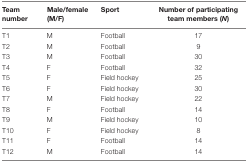
<table><thead><tr><td><b>Team number</b></td><td><b>Male/female (M/F)</b></td><td><b>Sport</b></td><td><b>Number of participating team members (<i>N</i>)</b></td></tr></thead><tbody><tr><td>T1</td><td>M</td><td>Football</td><td>17</td></tr><tr><td>T2</td><td>M</td><td>Football</td><td>9</td></tr><tr><td>T3</td><td>M</td><td>Football</td><td>30</td></tr><tr><td>T4</td><td>F</td><td>Football</td><td>32</td></tr><tr><td>T5</td><td>F</td><td>Field hockey</td><td>25</td></tr><tr><td>T6</td><td>F</td><td>Field hockey</td><td>30</td></tr><tr><td>T7</td><td>M</td><td>Field hockey</td><td>22</td></tr><tr><td>T8</td><td>F</td><td>Football</td><td>14</td></tr><tr><td>T9</td><td>M</td><td>Field hockey</td><td>10</td></tr><tr><td>T10</td><td>F</td><td>Field hockey</td><td>8</td></tr><tr><td>T11</td><td>F</td><td>Football</td><td>14</td></tr><tr><td>T12</td><td>M</td><td>Football</td><td>14</td></tr></tbody></table>